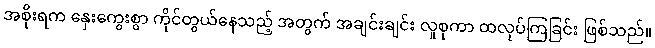
အစိုးရက နှေးကွေးစွာ ကိုင်တွယ်နေသည့် အတွက် အချင်းချင်း လူစုကာ ထလုပ်ကြခြင်း ဖြစ်သည်။